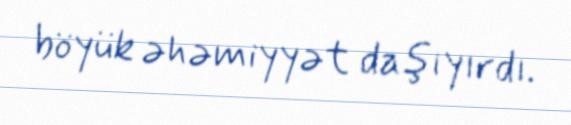
böyük əhəmiyyət daşıyırdı.